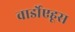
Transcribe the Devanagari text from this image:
वार्डोएहूस